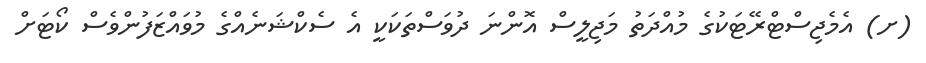
(ށ) އެމެޖިސްޓްރޭޓަކުގެ މުއްދަތު މަޖިލީސް އޮންނަ ދުވަސްތަކަކީ އެ ސެކްޝަނެއްގެ މުވައްޒަފުންވެސް ކޯޓަށް